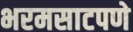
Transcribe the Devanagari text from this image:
भरमसाटपणे